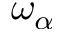
\omega _ { \alpha }